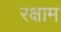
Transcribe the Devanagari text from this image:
रक्षाम